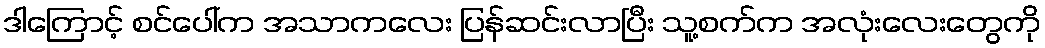
ဒါကြောင့် စင်ပေါ်က အသာကလေး ပြန်ဆင်းလာပြီး သူ့စက်က အလုံးလေးတွေကို